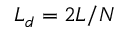
L _ { d } = 2 L / N